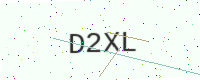
Text: D2XL